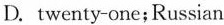
D.twenty-one;Russian